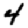
Digit: 4